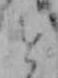
と